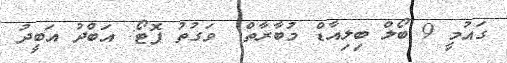
ގައުމީ 9 ބޯލް ބިލިއާޑް މުބާރާތް  ވަގުތު ފޮޓޯ: އަބްދު އަބީދު